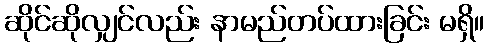
ဆိုင်ဆိုလျှင်လည်း နာမည်တပ်ထားခြင်း မရှိ။